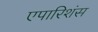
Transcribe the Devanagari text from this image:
एपारिशंस